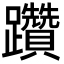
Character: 躦